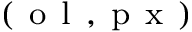
^ { ( \mathrm { ~ o ~ l ~ , ~ p ~ x ~ } ) }